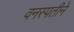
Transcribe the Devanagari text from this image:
वनस्पतीने